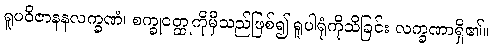
ရူပဝိဇာနနလက္ခဏံ၊ စက္ခုဝတ္ထုကိုမှီသည်ဖြစ်၍ ရူပါရုံကိုသိခြင်း လက္ခဏာရှိ၏။